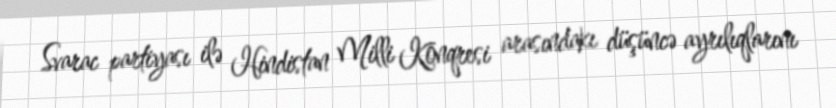
Svarac partiyası ilə Hindistan Milli Konqresi arasındakı düşüncə ayrılıqlarını